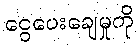
ငွေပေးချေမှုကို